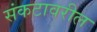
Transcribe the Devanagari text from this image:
संकटावरील